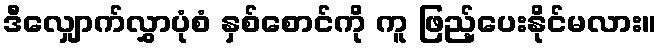
ဒီလျှောက်လွှာပုံစံ နှစ်စောင်ကို ကူ ဖြည့်ပေးနိုင်မလား။